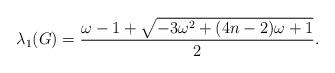
LaTeX: \begin{align*}\lambda_1(G) = \frac{\omega - 1 + \sqrt{-3\omega^2 + (4n-2)\omega + 1}}{2}.\end{align*}